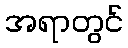
အရာတွင်